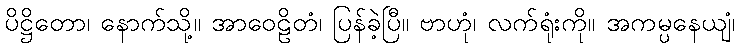
ပိဋ္ဌိတော၊ နောက်သို့။ အာဝေဠိတံ၊ ပြန်ခဲ့ပြီ။ ဗာဟုံ၊ လက်ရုံးကို။ အကမ္ပနေယျံ၊